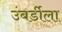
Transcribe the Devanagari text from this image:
उंबर्डीला